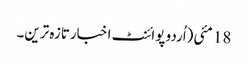
18 مئی(اُردو پوائنٹ اخبارتازہ ترین۔